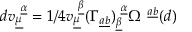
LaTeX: d v _ { \underline { { { \mu } } } } ^ { ~ \underline { { { \alpha } } } } = 1 / 4 v _ { \underline { { { \mu } } } } ^ { ~ \underline { { { \beta } } } } ( \Gamma _ { \underline { { { a } } } \underline { { { b } } } } ) _ { \underline { { { \beta } } } } ^ { ~ \underline { { { \alpha } } } } \Omega ^ { ~ \underline { { { a } } } \underline { { { b } } } } ( d ) \qquad